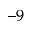
^ { - 9 }